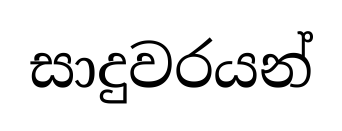
සාදුවරයන්